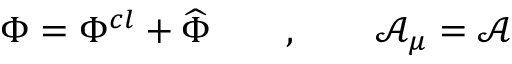
\Phi = \Phi ^ { c l } + \widehat { \Phi } \qquad , \qquad \mathcal { A } _ { \mu } = \mathcal { A }